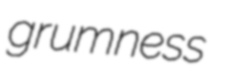
grumness